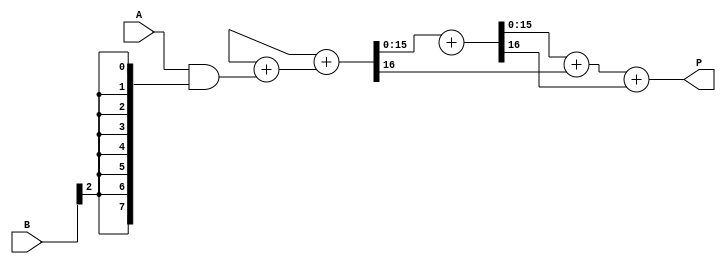
module wallace_tree_multiplier #(
    parameter N = 8, // Number of bits for multiplicand A
    parameter M = 8  // Number of bits for multiplier B
) (
    input  wire [N-1:0] A, // Multiplicand
    input  wire [M-1:0] B, // Multiplier
    output wire [N+M-1:0] P // Product
);

    // Generate partial products
    wire [N-1:0] pp [M-1:0]; // Partial products
    genvar i;
    generate
        for (i = 0; i < M; i = i + 1) begin: gen_partial_products
            assign pp[i] = A & {N{B[i]}}; // AND each bit of B with A
        end
    endgenerate

    // Intermediate wires for the Wallace tree
    wire [N+M-1:0] sum_stage [M-1:0];
    wire [N+M-1:0] carry_stage [M-1:0];
    
    // Reduction stage using Wallace Tree
    // First level: half adders and full adders
    wire [N+M-1:0] sum_level1, carry_level1;
    wire [N+M-1:0] sum_level2, carry_level2;

    // First level of tree
    assign {carry_stage[0], sum_stage[0]} = pp[0] + pp[1];
    genvar j;
    generate
        for (j = 2; j < M; j = j + 1) begin: add_partial_products
            assign {carry_stage[j], sum_stage[j]} = sum_stage[j-1] + pp[j];
        end
    endgenerate

    // Second reduction stage (reduce 3-to-2)
    wire [N+M-1:0] summed1, summed2, carry1, carry2;

    assign {carry_level1, summed1} = sum_stage[1] + sum_stage[2];
    assign {carry_level2, summed2} = summed1 + carry_stage[1];

    // Final addition
    assign P = summed2 + carry_level1 + carry_level2;

endmodule